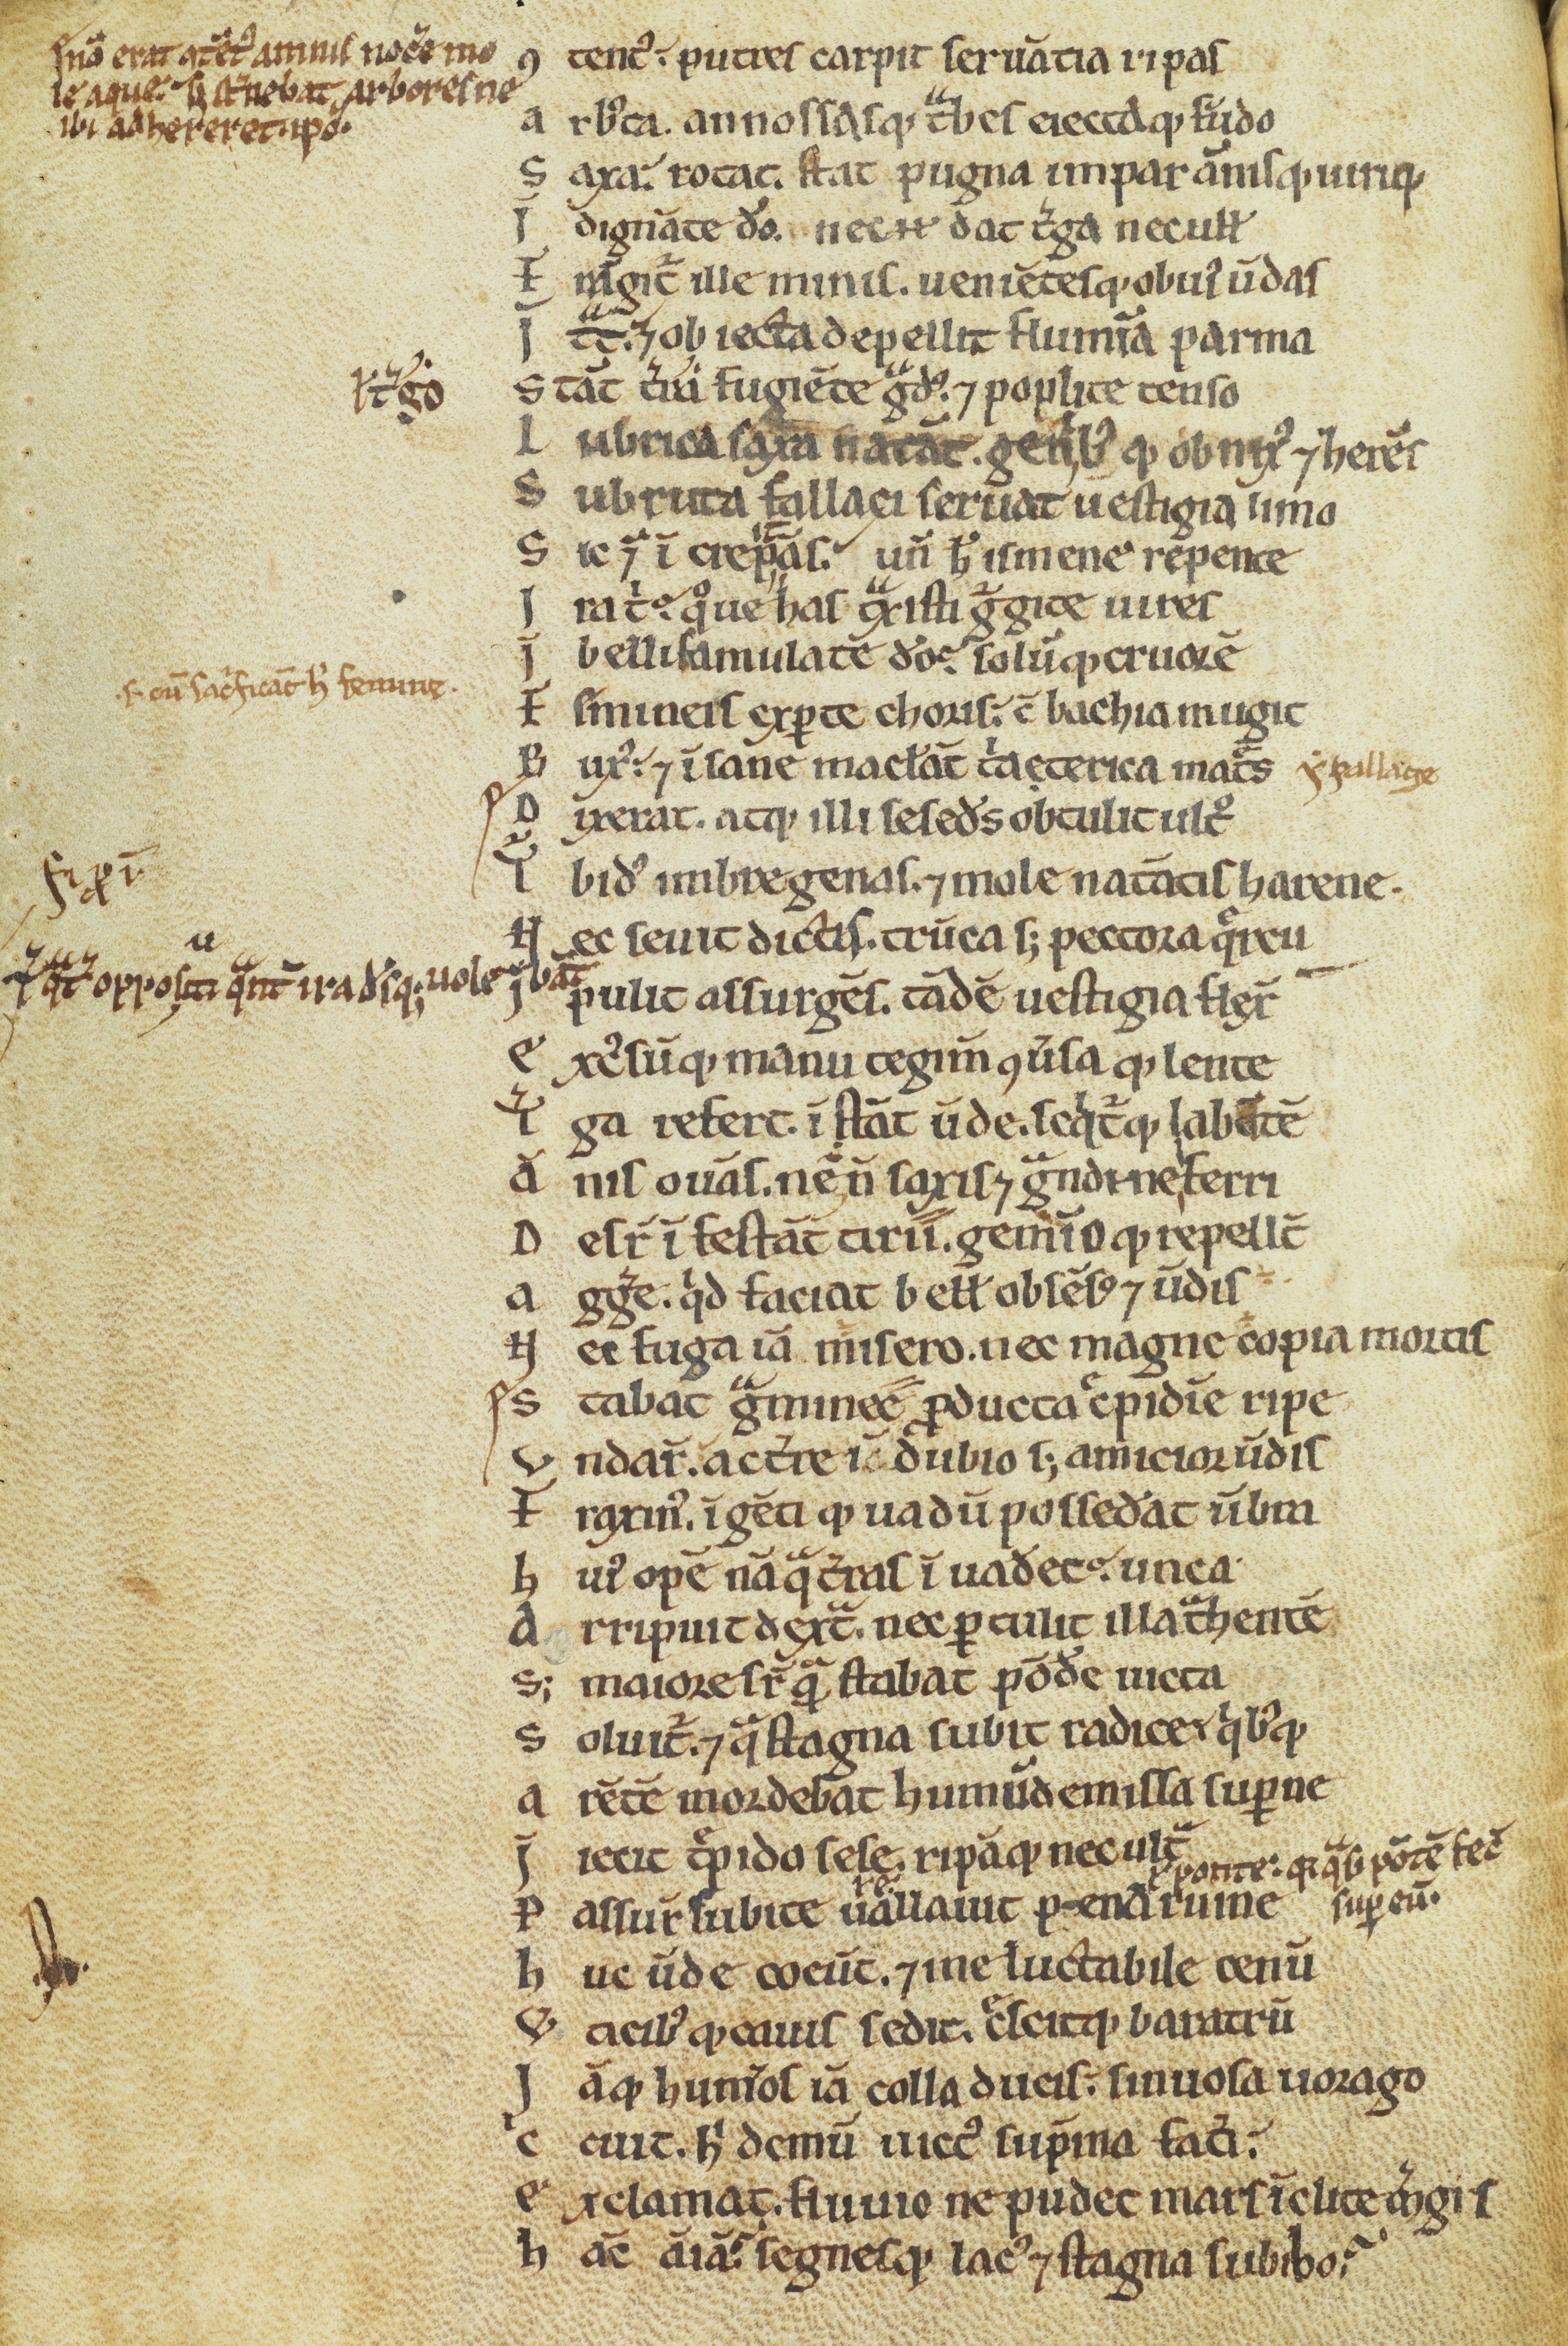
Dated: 1100–1199